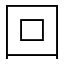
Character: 回